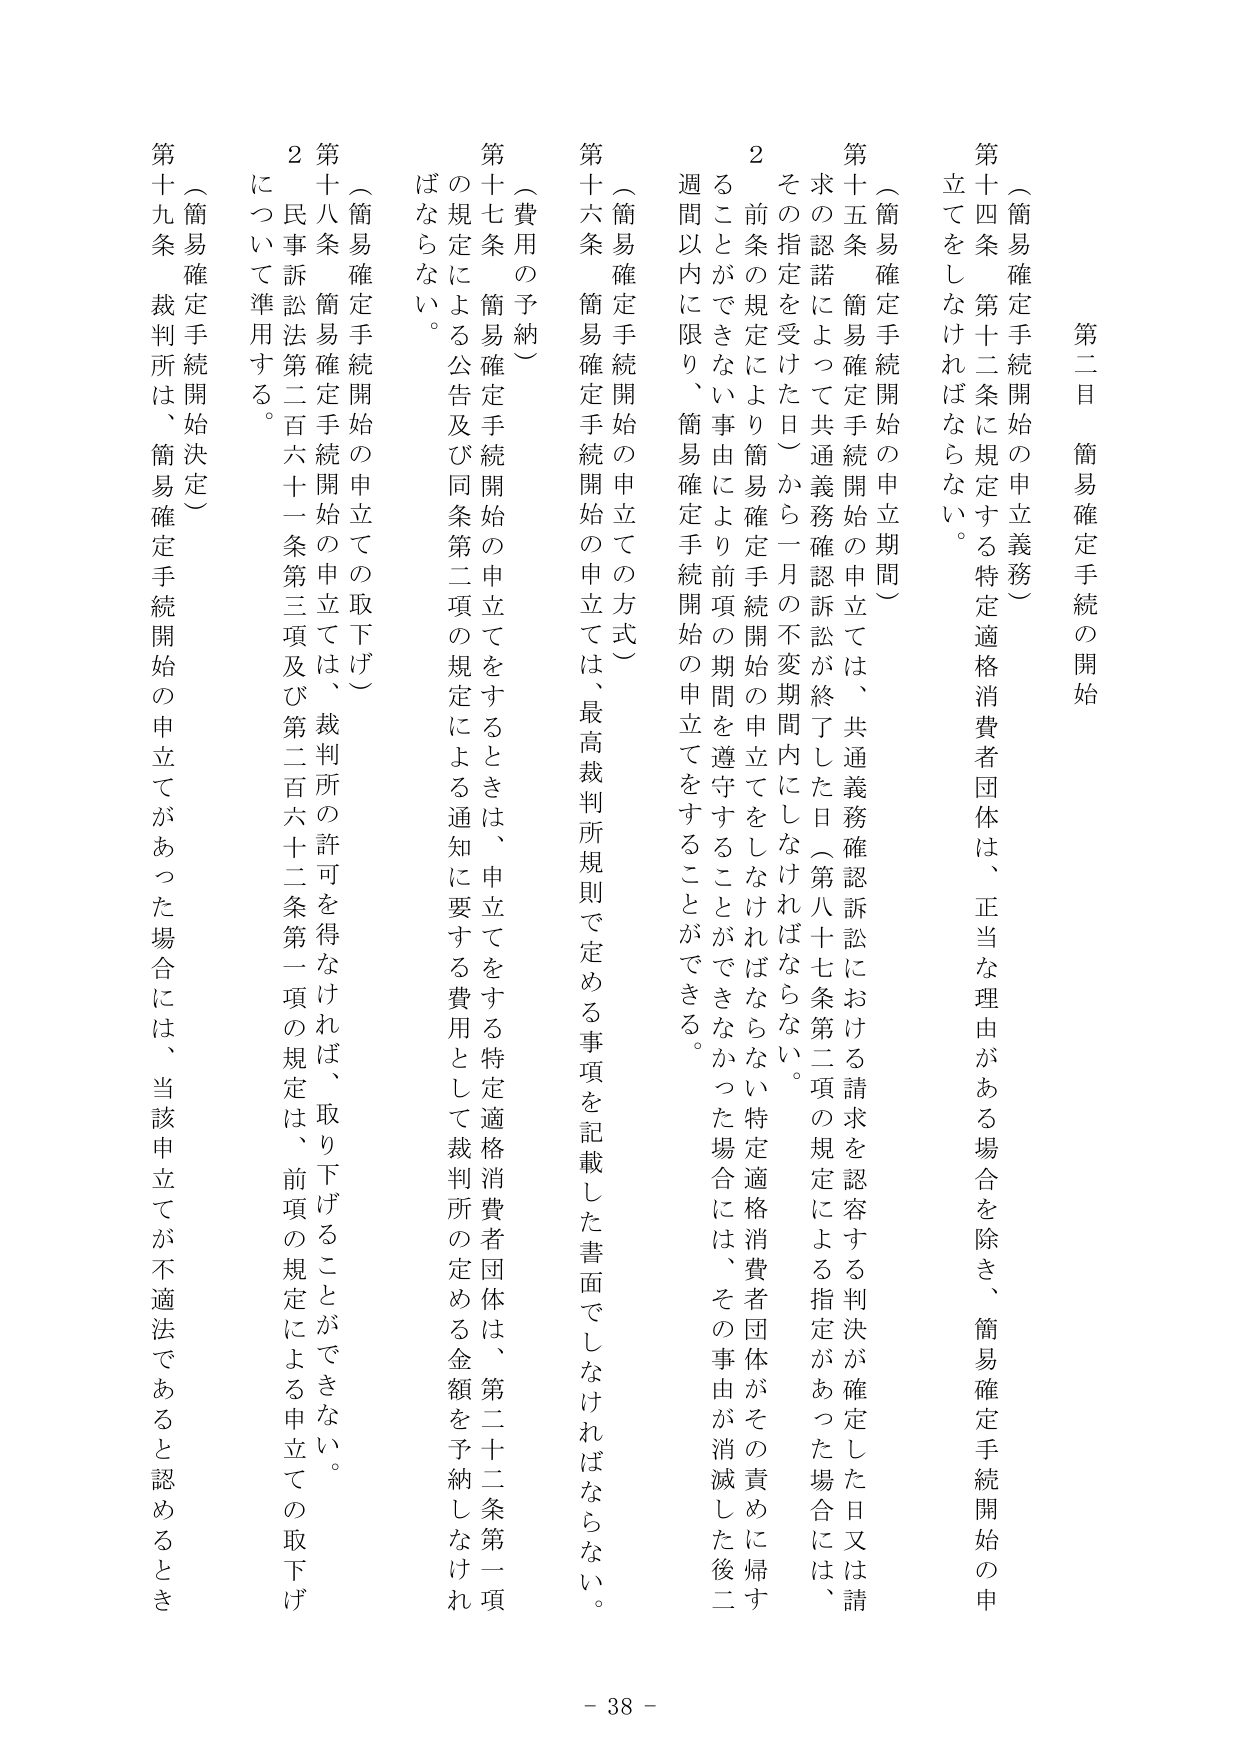
第二目 簡易確定手続の開始

（簡易確定手続開始の申立義務）
第十四条 第十二条に規定する特定適格消費者団体は、正当な理由がある場合を除き、簡易確定手続開始の申立てをしなければならない。

（簡易確定手続開始の申立期間）
第十五条 簡易確定手続開始の申立ては、共通義務確認訴訟における請求を認容する判決が確定した日又は請求の認諾によって共通義務確認訴訟が終了した日（第八十七条第二項の規定による指定があった場合には、その指定を受けた日）から一月の不変期間内にしなければならない。
２ 前条の規定により簡易確定手続開始の申立てをしなければならない特定適格消費者団体がその責めに帰することのできない事由により前項の期間を遵守することができなかった場合には、その事由が消滅した後二週間以内に限り、簡易確定手続開始の申立てをすることができる。

（簡易確定手続開始の申立ての方式）
第十六条 簡易確定手続開始の申立ては、最高裁判所規則で定める事項を記載した書面でしなければならない。

（費用の予納）
第十七条 簡易確定手続開始の申立てをするときは、申立てをする特定適格消費者団体は、第二十二条第一項の規定による公告及び同条第二項の規定による通知に要する費用として裁判所の定める金額を予納しなければならない。

（簡易確定手続開始の申立ての取下げ）
第十八条 簡易確定手続開始の申立ては、裁判所の許可を得なければ、取り下げることができない。
２ 民事訴訟法第二百六十一条第三項及び第二百六十二条第一項の規定は、前項の規定による申立ての取下げについて準用する。

（簡易確定手続開始決定）
第十九条 裁判所は、簡易確定手続開始の申立てがあった場合には、当該申立てが不適法であると認めるとき

- 38 -